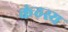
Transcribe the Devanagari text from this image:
कंठस्य